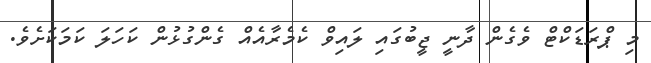
މި ޕްރަޑަކްޓް ވެގެން ދާނީ ޖީބުގައި ލައިވް ކެމެރާއެއް ގެންގުޅުން ކަހަލަ ކަމަކަށެވެ.